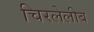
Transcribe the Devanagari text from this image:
चिरलेलीब